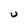
Character: U